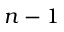
n - 1